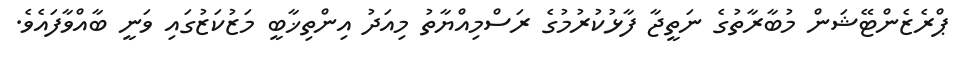
ޕްރެޒެންޓޭޝަން މުބާރާތުގެ ނަތީޖާ ފާޅުކުރުމުގެ ރަސްމިއްޔާތު މިއަދު އިންތިޚާބީ މަޒުކަޒުގައި ވަނީ ބާއްވާފައެވެ.